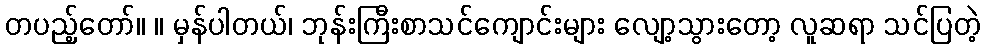
တပည့်တော်။ ။ မှန်ပါတယ်၊ ဘုန်းကြီးစာသင်ကျောင်းများ လျော့သွားတော့ လူဆရာ သင်ပြတဲ့